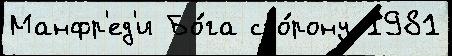
Манфр'ед'и Бо́га сто́рону 1981